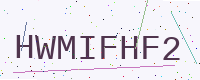
Text: HWMIFHF2